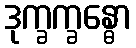
ဒုက္ခက္ခန္ဓော